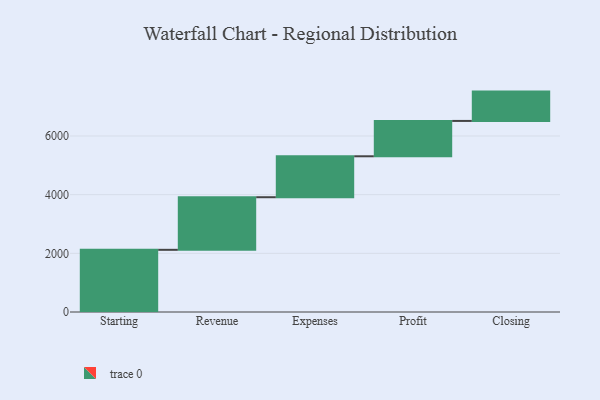
{"axis": {"x": "Step", "y": "Value"}, "legend": [""], "data": [{"x": "Starting", "y": 2120.0, "type": ""}, {"x": "Revenue", "y": 1793.0, "type": ""}, {"x": "Expenses", "y": 1396.0, "type": ""}, {"x": "Profit", "y": 1205.0, "type": ""}, {"x": "Closing", "y": 1000, "type": ""}]}